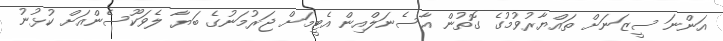
އަންނަ ސީޒަނަށް ތައްޔާރުވުމުގެ ގޮތުން އާސެނަލްއިން އެޓީމަށް ޖަރުމަނުގެ ބަޔާ ލެވަކޫސެންއަށް ކުޅުނު